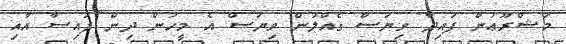
މަޝްރޫޢުން ފައިދާ ވިޔަސް ގެއްލުން ވިޔަސް އެ މީހުން ދިން ފައިސާ އާއި